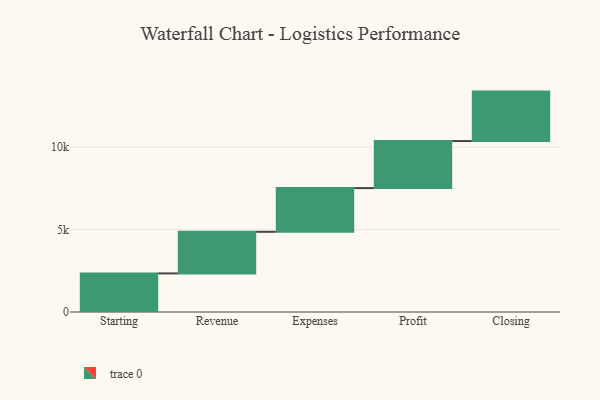
{"axis": {"x": "Step", "y": "Value"}, "legend": [""], "data": [{"x": "Starting", "y": 2341.0, "type": ""}, {"x": "Revenue", "y": 2524.0, "type": ""}, {"x": "Expenses", "y": 2651.0, "type": ""}, {"x": "Profit", "y": 2854.0, "type": ""}, {"x": "Closing", "y": 3000, "type": ""}]}